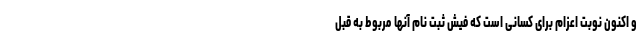
و اکنون نوبت اعزام برای کسانی است که فیش ثبت نام آنها مربوط به قبل